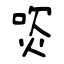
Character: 焁